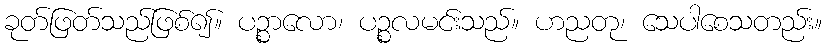
ခုတ်ဖြတ်သည်ဖြစ်၍။ ပဉ္စာလော၊ ပဉ္စလမင်းသည်။ ဟညတု၊ သေပါစေသတည်း။